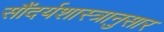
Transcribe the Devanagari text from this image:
सौंदर्यशास्त्रानुसार